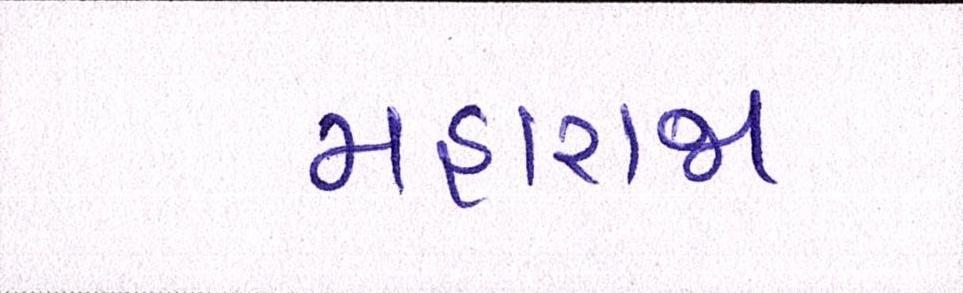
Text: મહારાજા